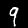
Digit: 9